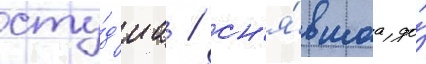
сту́д'иа / сн'я́вшаа до́